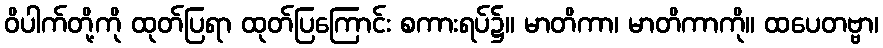
ဝိပါက်တို့ကို ထုတ်ပြရာ ထုတ်ပြကြောင်း စကားရပ်၌။ မာတိကာ၊ မာတိကာကို။ ထပေတဗ္ဗာ၊